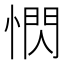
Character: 𪬖